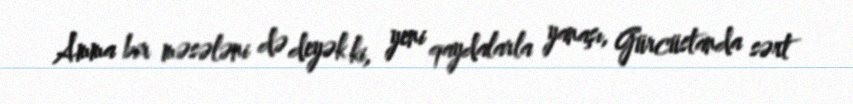
Amma bir məsələni də deyək ki, yeni qaydalarla yanaşı, Gürcüstanda sərt